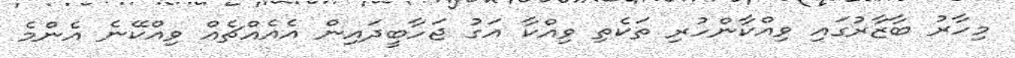
މިހާރު ބާޒާރުގައި ވިއްކާންހުރި ތަކެތި ވިއްކާ އަގު ޖަހާބީދައިން އެއެއްޗެއް ވިއްކޭނެ އެންމެ